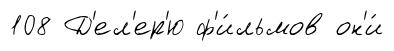
108 Д'ел'ер'ю ф'и́льмов он'и́